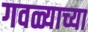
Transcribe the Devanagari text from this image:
गवळ्याच्या